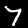
Digit: 7